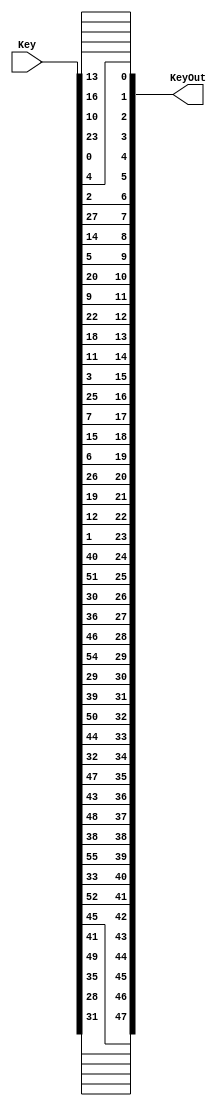

module PC2(Key,KeyOut);
	input [55:0] Key;
	output [47:0] KeyOut;
	assign KeyOut[0]=Key[13];
	assign KeyOut[1]=Key[16];
	assign KeyOut[2]=Key[10];
	assign KeyOut[3]=Key[23];
	assign KeyOut[4]=Key[0];
	assign KeyOut[5]=Key[4];
	assign KeyOut[6]=Key[2];
	assign KeyOut[7]=Key[27];
	assign KeyOut[8]=Key[14];
	assign KeyOut[9]=Key[5];
	assign KeyOut[10]=Key[20];
	assign KeyOut[11]=Key[9];
	assign KeyOut[12]=Key[22];
	assign KeyOut[13]=Key[18];
	assign KeyOut[14]=Key[11];
	assign KeyOut[15]=Key[3];
	assign KeyOut[16]=Key[25];
	assign KeyOut[17]=Key[7];
	assign KeyOut[18]=Key[15];
	assign KeyOut[19]=Key[6];
	assign KeyOut[20]=Key[26];
	assign KeyOut[21]=Key[19];
	assign KeyOut[22]=Key[12];
	assign KeyOut[23]=Key[1];
	assign KeyOut[24]=Key[40];
	assign KeyOut[25]=Key[51];
	assign KeyOut[26]=Key[30];
	assign KeyOut[27]=Key[36];
	assign KeyOut[28]=Key[46];
	assign KeyOut[29]=Key[54];
	assign KeyOut[30]=Key[29];
	assign KeyOut[31]=Key[39];
	assign KeyOut[32]=Key[50];
	assign KeyOut[33]=Key[44];
	assign KeyOut[34]=Key[32];
	assign KeyOut[35]=Key[47];
	assign KeyOut[36]=Key[43];
	assign KeyOut[37]=Key[48];
	assign KeyOut[38]=Key[38];
	assign KeyOut[39]=Key[55];
	assign KeyOut[40]=Key[33];
	assign KeyOut[41]=Key[52];
	assign KeyOut[42]=Key[45];
	assign KeyOut[43]=Key[41];
	assign KeyOut[44]=Key[49];
	assign KeyOut[45]=Key[35];
	assign KeyOut[46]=Key[28];
	assign KeyOut[47]=Key[31];

endmodule